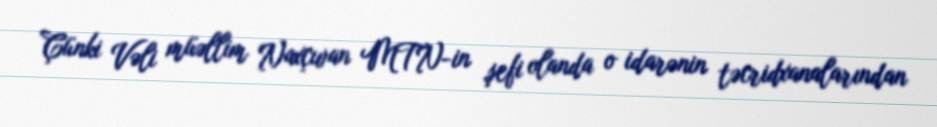
Çünki Vəli müəllim Naxçıvan MTN-in şefi olanda o idarənin təcridxanalarından